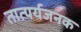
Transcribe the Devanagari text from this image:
तात्पर्यजनक